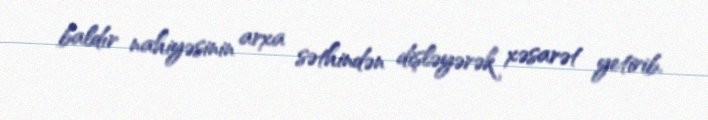
baldır nahiyəsinin arxa səthindən dişləyərək xəsarət yetirib.